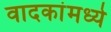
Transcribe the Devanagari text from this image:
वादकांमध्ये